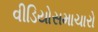
વીડિયોસમાચારો